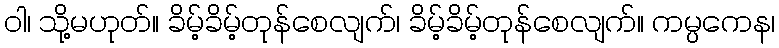
ဝါ၊ သို့မဟုတ်။ ခိမ့်ခိမ့်တုန်စေလျက်၊ ခိမ့်ခိမ့်တုန်စေလျက်။ ကမ္ပကေန၊